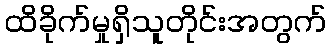
ထိခိုက်မှုရှိသူတိုင်းအတွက်